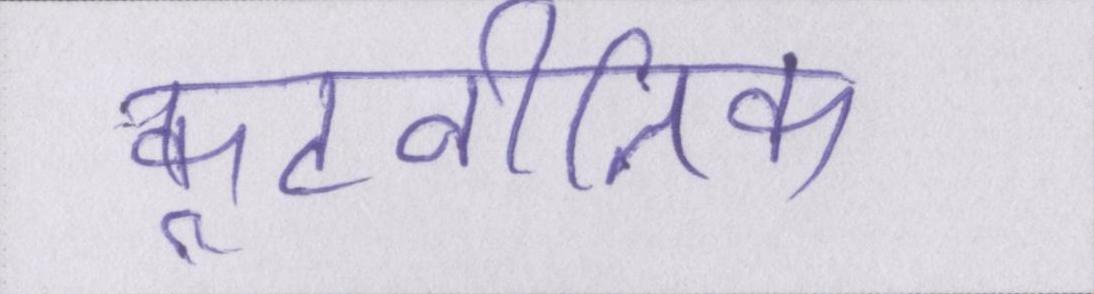
कूटनीतिक